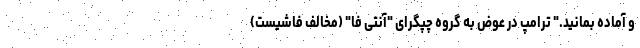
و آماده بمانید." ترامپ در عوض به گروه چپگرای "آنتی فا" (مخالف فاشیست)